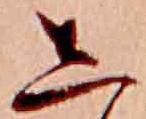
し